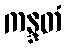
ကန္ဒတံ